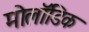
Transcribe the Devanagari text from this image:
मोलॉडिक